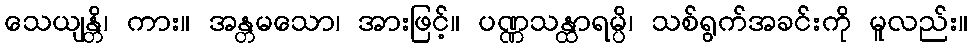
သေယျန္တိ၊ ကား။ အန္တမသော၊ အားဖြင့်။ ပဏ္ဏသန္ထာရမ္ပိ၊ သစ်ရွက်အခင်းကို မူလည်း။